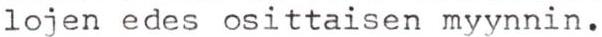
lojen edes osittaisen myynnin.